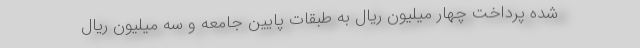
شده پرداخت چهار میلیون ریال به طبقات پایین جامعه و سه میلیون ریال